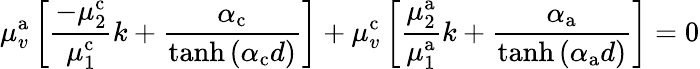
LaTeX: \mu_{v}^{\mathrm{a}}\left[\frac{-\mu_{2}^{\mathrm{c}}}{\mu_{1}^{\mathrm{c}}}k+\frac{\alpha_{\mathrm{c}}}{\operatorname{tanh}\left(\alpha_{\mathrm{c}}d\right)}\right]+\mu_{v}^{\mathrm{c}}\left[\frac{\mu_{2}^{\mathrm{a}}}{\mu_{1}^{\mathrm{a}}}k+\frac{\alpha_{\mathrm{a}}}{\operatorname{tanh}\left(\alpha_{\mathrm{a}}d\right)}\right]=0